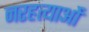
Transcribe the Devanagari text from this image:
नरहत्याओं